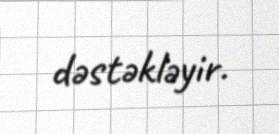
dəstəkləyir.